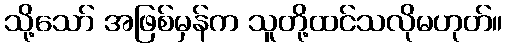
သို့သော် အဖြစ်မှန်က သူတို့ထင်သလိုမဟုတ်။